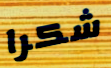
شكرا